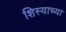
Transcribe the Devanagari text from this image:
शिस्याच्या